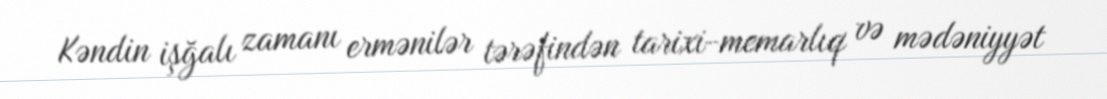
Kəndin işğalı zamanı ermənilər tərəfindən tarixi-memarlıq və mədəniyyət